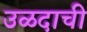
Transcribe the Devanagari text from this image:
उळदाची